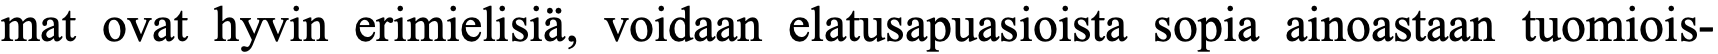
mat ovat hyvin erimielisiä, voidaan elatusapuasioista sopia ainoastaan tuomiois-